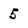
Character: 5